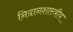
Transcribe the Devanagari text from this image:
निदानशास्त्रीय